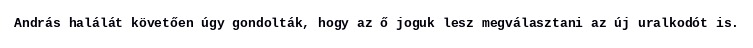
András halálát követően úgy gondolták, hogy az ő joguk lesz megválasztani az új uralkodót is.